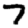
Digit: 7